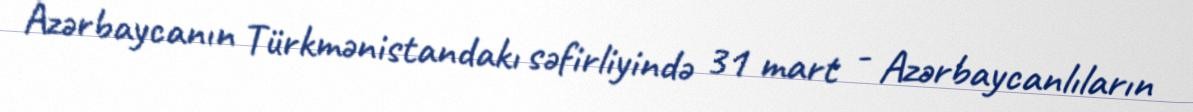
Azərbaycanın Türkmənistandakı səfirliyində 31 mart - Azərbaycanlıların